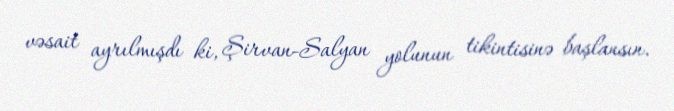
vəsait ayrılmışdı ki, Şirvan-Salyan yolunun tikintisinə başlansın.